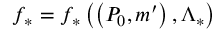
f _ { \ast } = f _ { \ast } \left( \left( P _ { 0 } , m ^ { \prime } \right) , \Lambda _ { \ast } \right)